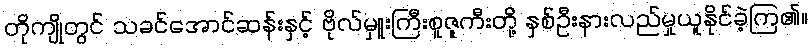
တိုကျိုတွင် သခင်အောင်ဆန်းနှင့် ဗိုလ်မှူးကြီးစူဇူကီးတို့ နှစ်ဦးနားလည်မှုယူနိုင်ခဲ့ကြ၏။